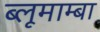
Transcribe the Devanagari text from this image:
ब्लूमाम्बा